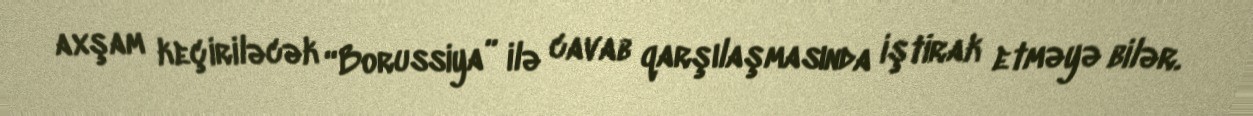
axşam keçiriləcək “Borussiya” ilə cavab qarşılaşmasında iştirak etməyə bilər.